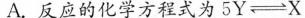
A.反应的化学方程式为5Y \rightleftharpoons X